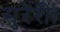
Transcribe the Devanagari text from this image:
सुरेरी।